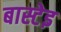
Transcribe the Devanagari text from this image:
बास्टेइ